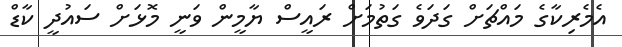
އެމެރިކާގެ މައްޗަށް ގަދަވެ ގަތުމަށް ރައީސް ޔާމީން ވަނީ މޮޅަށް ސައުދީ ކާޑް